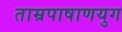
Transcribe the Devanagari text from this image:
ताम्रपाषाणयुग